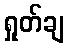
ရှုတ်ချ